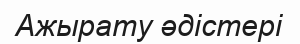
Ажырату әдістері